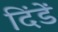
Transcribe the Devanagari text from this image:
दिंडें